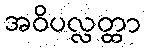
အဝိပလ္လတ္ထာ